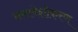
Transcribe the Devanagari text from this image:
समावेशीकरण